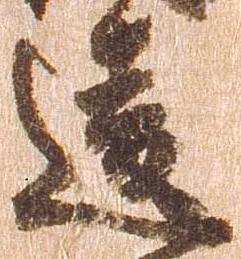
違